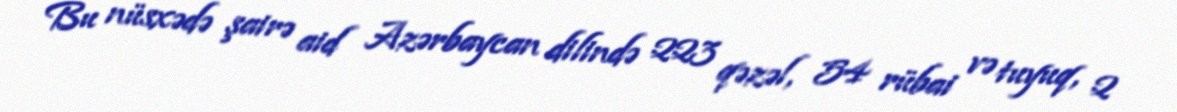
Bu nüsxədə şairə aid Azərbaycan dilində 223 qəzəl, 54 rübai və tuyuq, 2